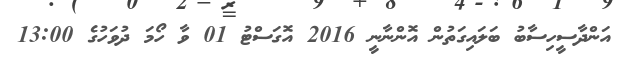
އަންދާސީހިސާބު ބަލައިގަތުން އޮންނާނީ 2016 އޮގަސްޓު 01 ވާ ހޯމަ ދުވަހުގެ 13:00